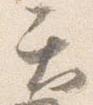
テ